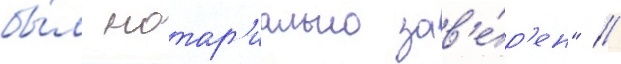
бы́л нотар'иально зав'е́р'ен" //